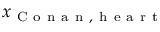
x _ { \mathrm { ~ C ~ o ~ n ~ a ~ n ~ , ~ h ~ e ~ a ~ r ~ t ~ } }